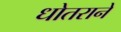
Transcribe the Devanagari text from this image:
धोतराने